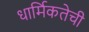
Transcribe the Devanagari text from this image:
धार्मिकतेची